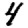
Digit: 4